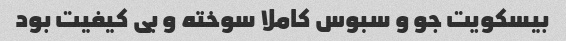
بیسکویت جو و سبوس کاملا سوخته و بی کیفیت بود